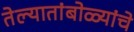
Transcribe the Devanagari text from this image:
तेल्यातांबोळ्यांचे